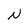
Character: N